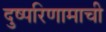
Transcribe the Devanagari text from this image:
दुष्परिणामाची